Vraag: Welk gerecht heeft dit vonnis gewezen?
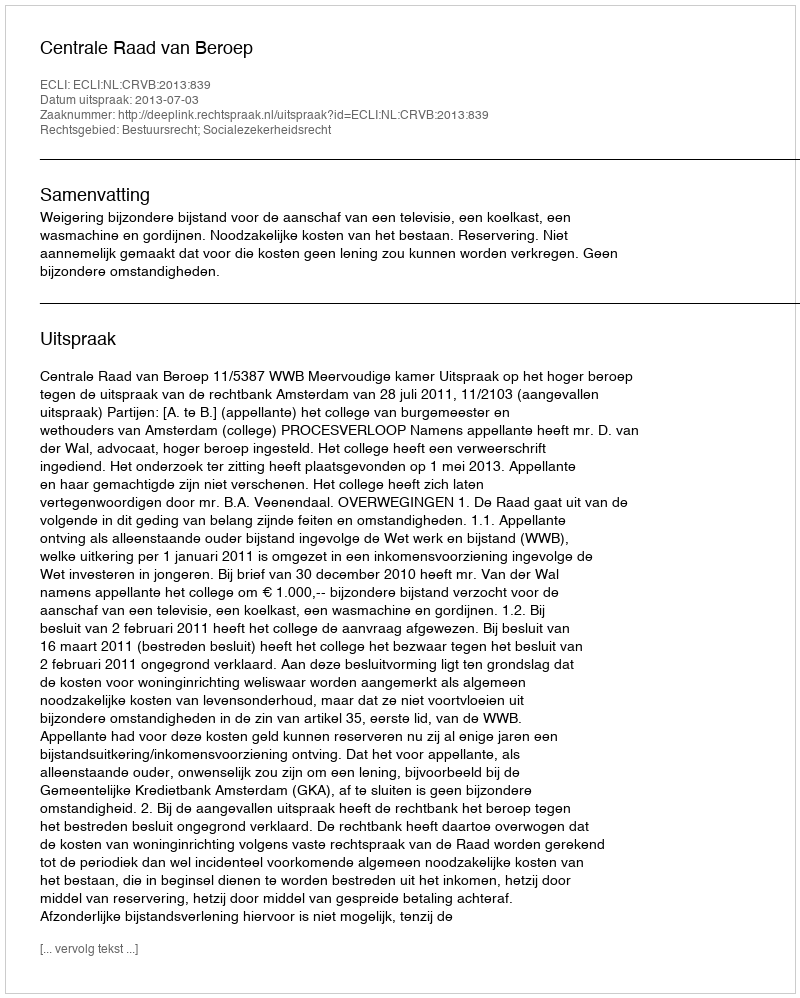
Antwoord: Centrale Raad van Beroep